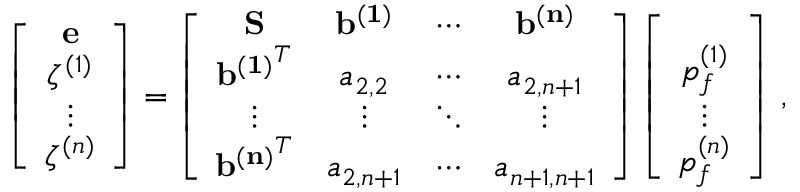
\left[ \begin{array} { c } { \bf { e } } \\ { \zeta ^ { ( 1 ) } } \\ { \vdots } \\ { \zeta ^ { ( n ) } } \end{array} \right] = \left[ \begin{array} { c c c c } { \bf { S } } & { \bf { b ^ { ( 1 ) } } } & { \cdots } & { \bf { b ^ { ( n ) } } } \\ { { \bf { b ^ { ( 1 ) } } } ^ { T } } & { a _ { 2 , 2 } } & { \cdots } & { a _ { 2 , n + 1 } } \\ { \vdots } & { \vdots } & { \ddots } & { \vdots } \\ { { \bf { b ^ { ( n ) } } } ^ { T } } & { a _ { 2 , n + 1 } } & { \cdots } & { a _ { n + 1 , n + 1 } } \end{array} \right] \left[ \begin{array} { c } { \bf { \sigma } } \\ { p _ { f } ^ { ( 1 ) } } \\ { \vdots } \\ { p _ { f } ^ { ( n ) } } \end{array} \right] \, ,